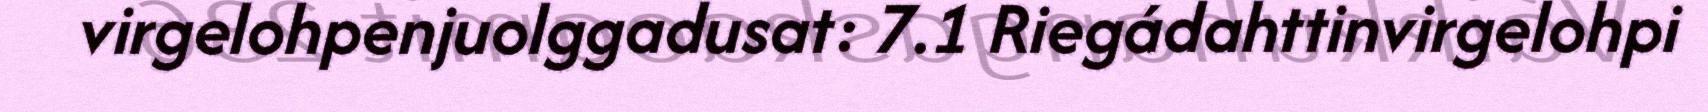
virgelohpenjuolggadusat: 7.1 Riegádahttinvirgelohpi